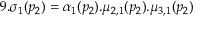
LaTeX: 9 . \sigma _ { 1 } ( p _ { 2 } ) = \alpha _ { 1 } ( p _ { 2 } ) . \mu _ { 2 , 1 } ( p _ { 2 } ) . \mu _ { 3 , 1 } ( p _ { 2 } )